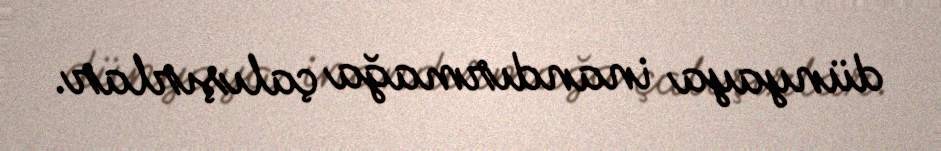
dünyaya inandırmağa çalışırlar.